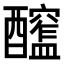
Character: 𨣮